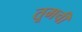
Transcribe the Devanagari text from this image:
तूमची